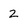
Character: Z